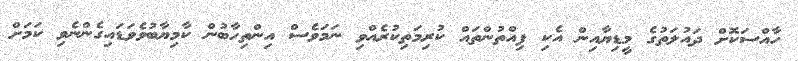
ހާއްސަކޮށް ދައުލަތުގެ މީޑިޔާއިން އެކި ފިއްތުންތައް ކުރިމަތިކުރެއްވި ނަމަވެސް އިންތިހާބުން ކާމިޔާބުވެވަޑައިގެންނެވި ކަމަށް